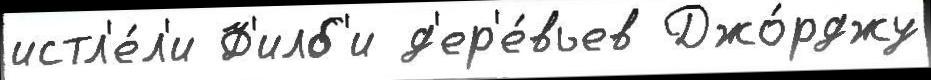
истл'е́л'и Ф'илб'и д'ер'е́вьев Джо́рджу